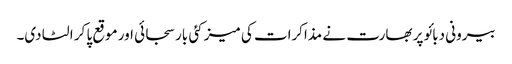
بیرونی دبائو پر بھارت نے مذاکرات کی میز کئی بار سجائی اور موقع پا کر الٹا دی۔